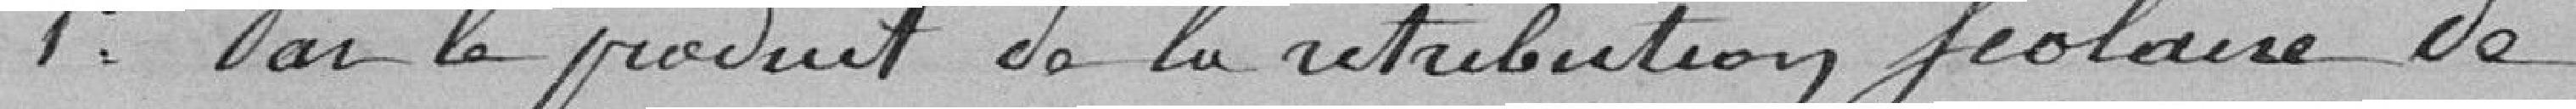
1° par le produit de la rétribution Scolaire de